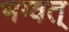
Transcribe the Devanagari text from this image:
भग्वत्